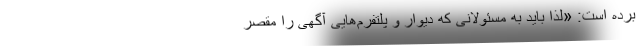
برده است: «لذا باید به مسئولانی که دیوار و پلتفرم‌هایی آگهی را مقصر